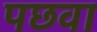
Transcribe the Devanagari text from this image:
पछवा